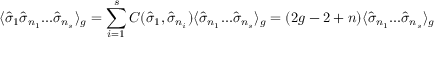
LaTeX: \langle { \hat { \sigma } } _ { 1 } { \hat { \sigma } } _ { n _ { 1 } } . . . { \hat { \sigma } } _ { n _ { s } } \rangle _ { g } = \sum _ { i = 1 } ^ { s } C ( { \hat { \sigma } } _ { 1 } , { \hat { \sigma } } _ { n _ { i } } ) \langle { \hat { \sigma } } _ { n _ { 1 } } . . . { \hat { \sigma } } _ { n _ { s } } \rangle _ { g } = ( 2 g - 2 + n ) \langle { \hat { \sigma } } _ { n _ { 1 } } . . . { \hat { \sigma } } _ { n _ { s } } \rangle _ { g }